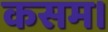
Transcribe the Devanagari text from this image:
कसम।